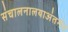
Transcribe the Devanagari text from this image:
संचालनालयाअंतर्गत